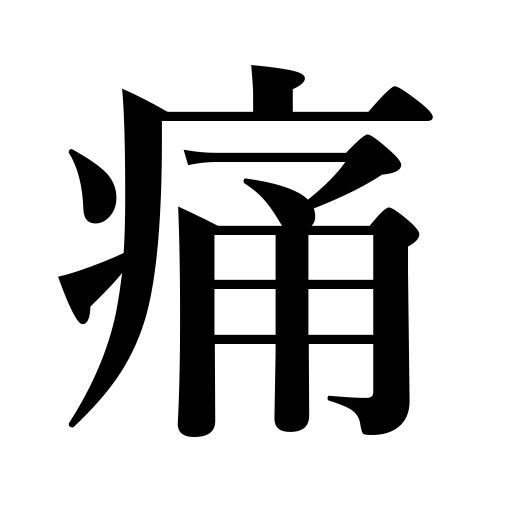
Meanings: spoil,be damaged,be hurt,wear out,cause pain,afflict,hurt,be bruised,be spoiled,pain,trying,feel a pain,impair,be worn out,worry,sore,injure,bother,painful